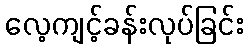
လေ့ကျင့်ခန်းလုပ်ခြင်း